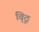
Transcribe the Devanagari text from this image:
वि्ठू